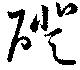
磴